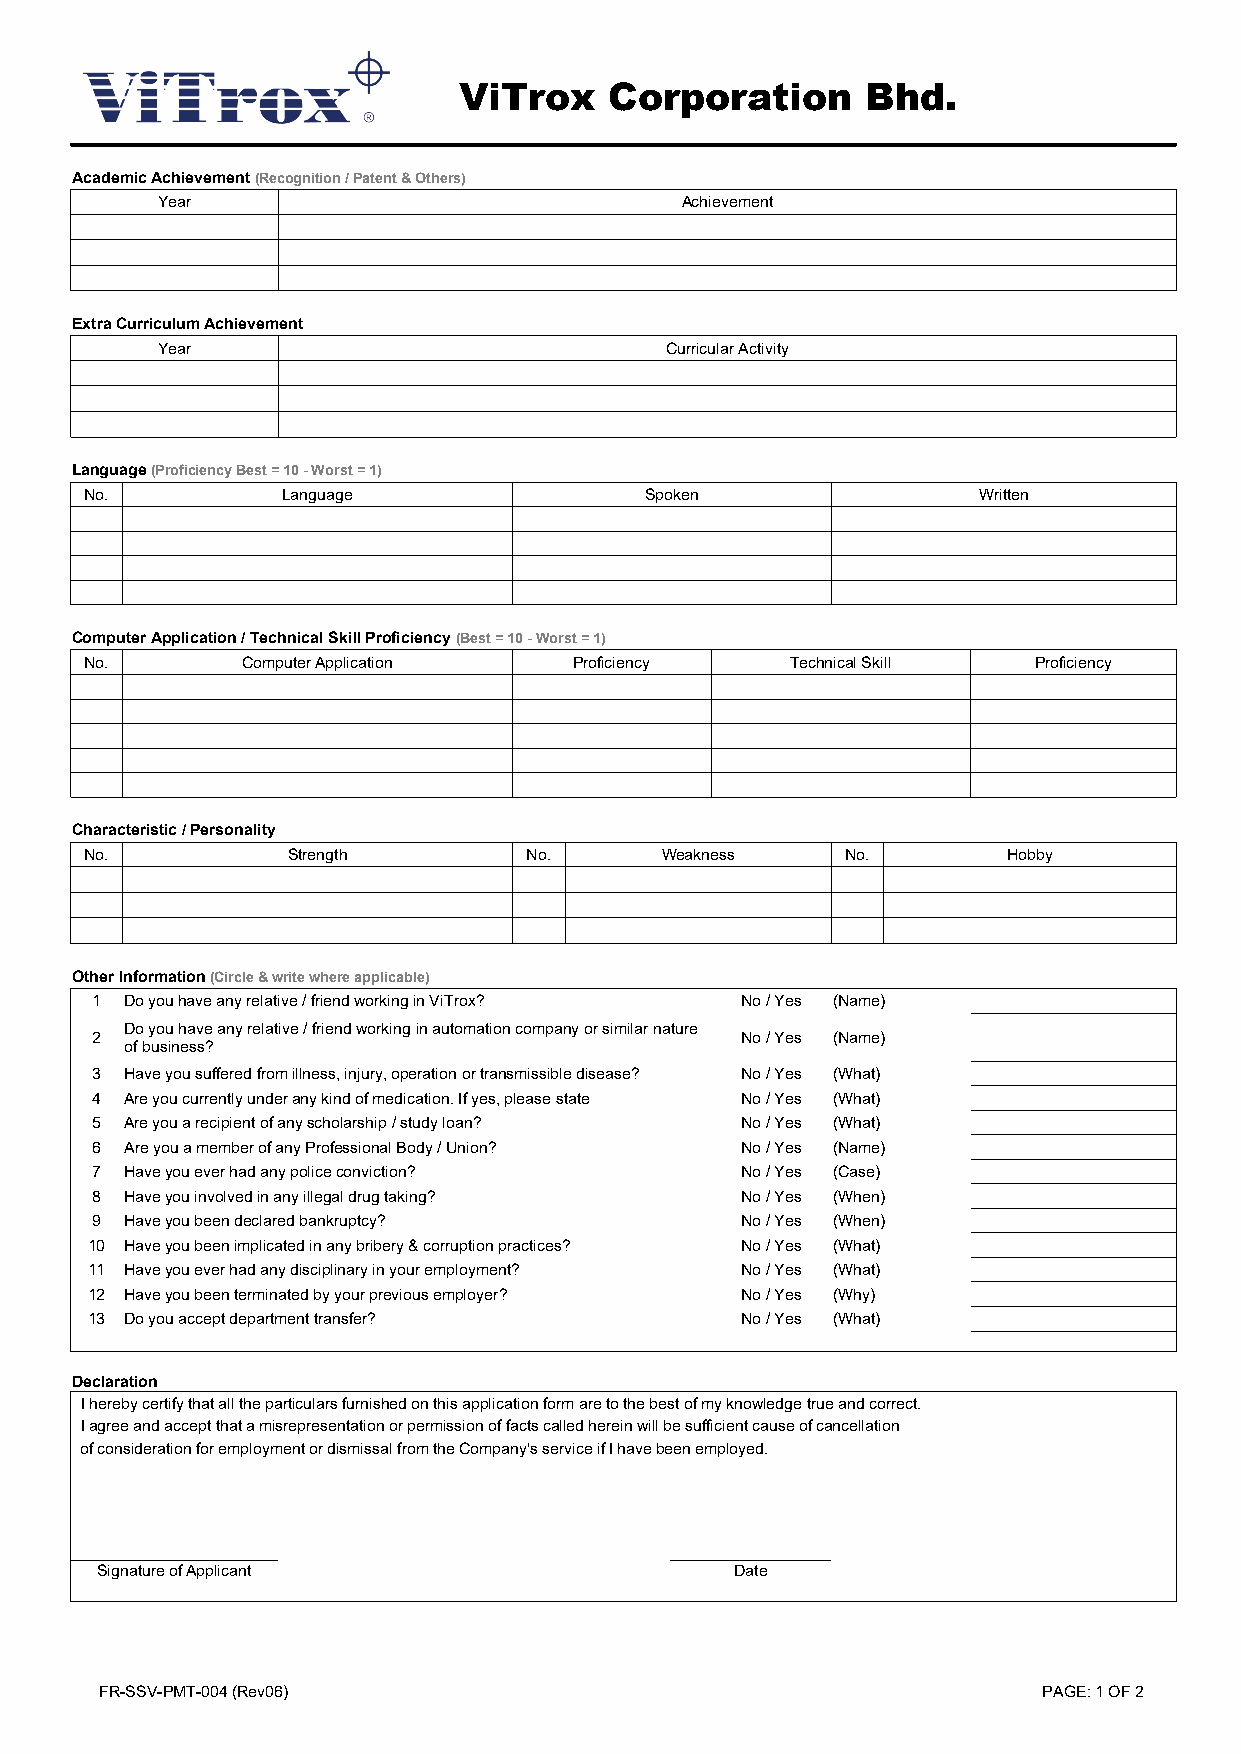
ViTrox    Corporation      Bhd.
 Academic Achievement (Recognition / Patent & Others)
 Year                               Achievement
 Extra Curriculum Achievement
 Year                              Curricular Activity
 Language (Proficiency Best = 10 - Worst = 1)
 No.          Language                Spoken                Written
 Computer Application / Technical Skill Proficiency (Best = 10 - Worst = 1)
 No.       Computer Application  Proficiency   Technical Skill Proficiency
 Characteristic / Personality
 No.          Strength        No.      Weakness    No.        Hobby
 Other Information (Circle & write where applicable)
 1 Do you have any relative / friend working in ViTrox? No / Yes (Name)
 Do you have any relative / friend working in automation company or similar nature
 2                                          No / Yes (Name)
 of business?
 3 Have you suffered from illness, injury, operation or transmissible disease? No / Yes (What)
 4 Are you currently under any kind of medication. If yes, please state No / Yes (What)
 5 Are you a recipient of any scholarship / study loan? No / Yes (What)
 6 Are you a member of any Professional Body / Union? No / Yes (Name)
 7 Have you ever had any police conviction? No / Yes (Case)
 8 Have you involved in any illegal drug taking? No / Yes (When)
 9 Have you been declared bankruptcy?       No / Yes (When)
 10 Have you been implicated in any bribery & corruption practices? No / Yes (What)
 11 Have you ever had any disciplinary in your employment? No / Yes (What)
 12 Have you been terminated by your previous employer? No / Yes (Why)
 13 Do you accept department transfer?      No / Yes (What)
 Declaration
 I hereby certify that all the particulars furnished on this application form are to the best of my knowledge true and correct.
 I agree and accept that a misrepresentation or permission of facts called herein will be sufficient cause of cancellation
 of consideration for employment or dismissal from the Company's service if I have been employed.
 Signature of Applicant                     Date
 FR-SSV-PMT-004 (Rev06)                                        PAGE: 1 OF 2